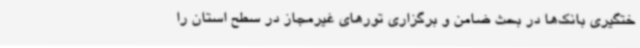
ختگیری بانک‌ها در بحث ضامن و برگزاری تورهای غیرمجاز در سطح استان را